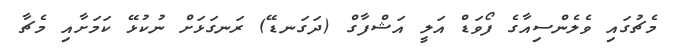
މެޗުގައި ވެލެންސިއާގެ ފޯވަޑް އަލީ އަޝްފާގް (ދަގަނޑޭ) ރަނގަޅަށް ނުކުޅޭ ކަމަށާއި މެޗާ